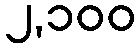
၂,၁၀၀